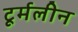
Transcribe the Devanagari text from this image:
टूर्मलीन